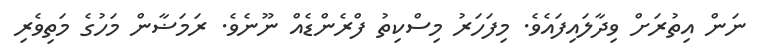
ނަން އިތުރަށް ވިދާލައިފައެވެ. މިފަހަރު މިސްކިތު ފްރެންޑެއް ނޫނެވެ. ރަމަޟާން މަހުގެ މަތިވެރި